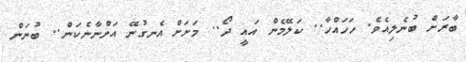
ބާރަށް ބުނެލިއެވެ. ހަހައްހާ.. ކަލޭމެން އައީ ދޯ.. މަށަށް އެނގުނޭ އަންނާނެކަން.. ބުނަން